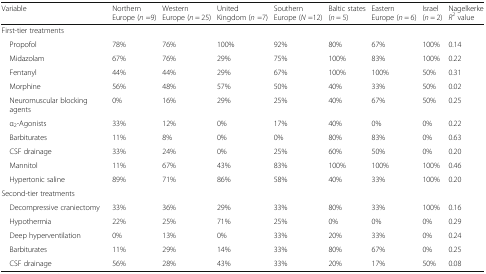
<table><thead><tr><td><b>Variable</b></td><td><b>Northern Europe (<i>n</i> =9)</b></td><td><b>Western Europe (<i>n</i> = 25)</b></td><td><b>United Kingdom (<i>n</i> =7)</b></td><td><b>Southern Europe (<i>N</i> =12)</b></td><td><b>Baltic states (<i>n</i> = 5)</b></td><td><b>Eastern Europe (<i>n</i> = 6)</b></td><td><b>Israel (<i>n</i> = 2)</b></td><td><b>Nagelkerke <i>R</i><sup>2</sup> value</b></td></tr></thead><tbody><tr><td colspan="9">First-tier treatments</td></tr><tr><td> Propofol</td><td>78%</td><td>76%</td><td>100%</td><td>92%</td><td>80%</td><td>67%</td><td>100%</td><td>0.14</td></tr><tr><td> Midazolam</td><td>67%</td><td>76%</td><td>29%</td><td>75%</td><td>100%</td><td>83%</td><td>100%</td><td>0.22</td></tr><tr><td> Fentanyl</td><td>44%</td><td>44%</td><td>29%</td><td>67%</td><td>100%</td><td>100%</td><td>50%</td><td>0.31</td></tr><tr><td> Morphine</td><td>56%</td><td>48%</td><td>57%</td><td>50%</td><td>40%</td><td>33%</td><td>50%</td><td>0.02</td></tr><tr><td> Neuromuscular blocking agents</td><td>0%</td><td>16%</td><td>29%</td><td>25%</td><td>40%</td><td>67%</td><td>50%</td><td>0.25</td></tr><tr><td> α<sub>2</sub>-Agonists</td><td>33%</td><td>12%</td><td>0%</td><td>17%</td><td>40%</td><td>0%</td><td>0%</td><td>0.22</td></tr><tr><td> Barbiturates</td><td>11%</td><td>8%</td><td>0%</td><td>0%</td><td>80%</td><td>83%</td><td>0%</td><td>0.63</td></tr><tr><td> CSF drainage</td><td>33%</td><td>24%</td><td>0%</td><td>25%</td><td>60%</td><td>50%</td><td>0%</td><td>0.20</td></tr><tr><td> Mannitol</td><td>11%</td><td>67%</td><td>43%</td><td>83%</td><td>100%</td><td>100%</td><td>100%</td><td>0.46</td></tr><tr><td> Hypertonic saline</td><td>89%</td><td>71%</td><td>86%</td><td>58%</td><td>40%</td><td>33%</td><td>100%</td><td>0.20</td></tr><tr><td colspan="9">Second-tier treatments</td></tr><tr><td> Decompressive craniectomy</td><td>33%</td><td>36%</td><td>29%</td><td>33%</td><td>80%</td><td>33%</td><td>100%</td><td>0.16</td></tr><tr><td> Hypothermia</td><td>22%</td><td>25%</td><td>71%</td><td>25%</td><td>0%</td><td>0%</td><td>0%</td><td>0.29</td></tr><tr><td> Deep hyperventilation</td><td>0%</td><td>13%</td><td>0%</td><td>33%</td><td>20%</td><td>33%</td><td>0%</td><td>0.24</td></tr><tr><td> Barbiturates</td><td>11%</td><td>29%</td><td>14%</td><td>33%</td><td>80%</td><td>67%</td><td>0%</td><td>0.25</td></tr><tr><td> CSF drainage</td><td>56%</td><td>28%</td><td>43%</td><td>33%</td><td>20%</td><td>17%</td><td>50%</td><td>0.08</td></tr></tbody></table>